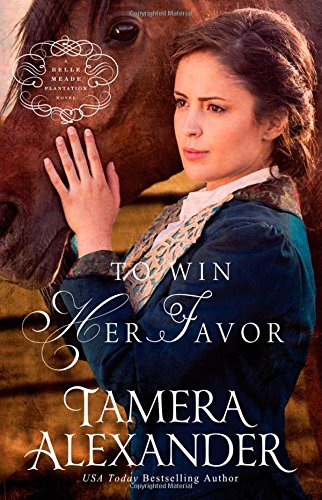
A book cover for To Win Her Favor (A Belle Meade Plantation Novel); Tamera Alexander; Literature & Fiction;